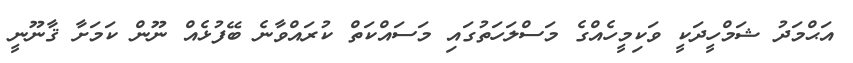
އަޙްމަދު ޝަމްހީދަކީ ވަކިމީހެއްގެ މަސްލަހަތުގައި މަސައްކަތް ކުރައްވާނެ ބޭފުޅެއް ނޫން ކަމަށާ ޤާނޫނީ